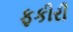
ફકીરી